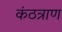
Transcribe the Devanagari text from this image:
कंठत्राण